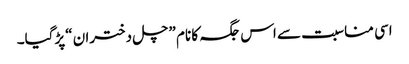
اسی مناسبت سے اس جگہ کا نام ”چل دختران “پڑگیا۔